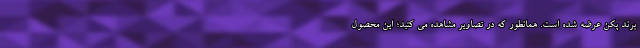
برند پکن عرضه شده است. همانطور که در تصاویر مشاهده می کنید؛ این محصول